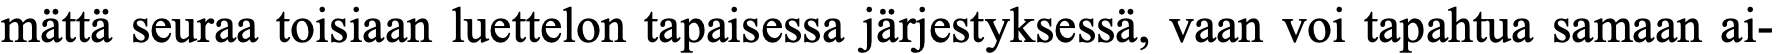
mättä seuraa toisiaan luettelon tapaisessa järjestyksessä, vaan voi tapahtua samaan ai-